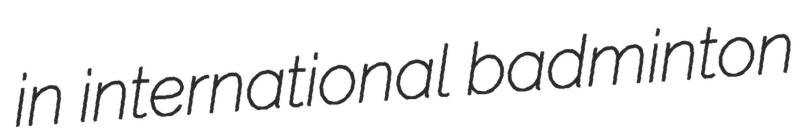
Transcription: in international badminton